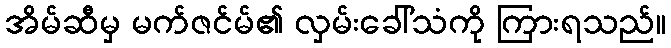
အိမ်ဆီမှ မက်ဇင်မ်၏ လှမ်းခေါ်သံကို ကြားရသည်။